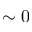
\sim 0